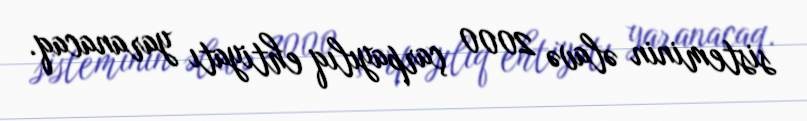
sisteminin əlavə 2000 çarpayılıq ehtiyatı yaranacaq.